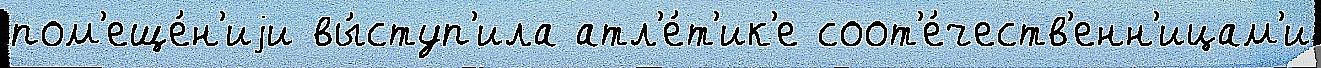
пом'еще́н'иjи вы́ступ'ила атл'е́т'ик'е соот'е́честв'енн'ицам'и